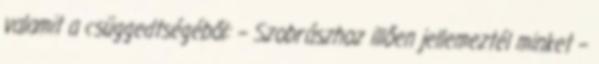
valamit a csüggedtségéből: – Szobrászhoz illően jellemeztél minket –